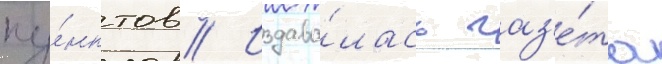
пу́нктов // Издава́лась газ'е́та